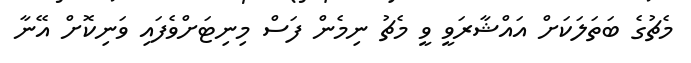
މެޗުގެ ބަތަލަކަށް އައްޝާރަވީ ވީ މެޗު ނިމެން ފަސް މިނިޓަށްވެފައި ވަނިކޮށް އޭނާ